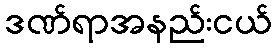
ဒဏ်ရာအနည်းငယ်